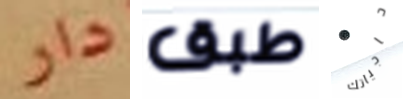
دار طبق حاجياتك